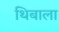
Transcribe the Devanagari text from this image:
थिबाला